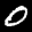
Label: 0